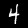
Label: 4